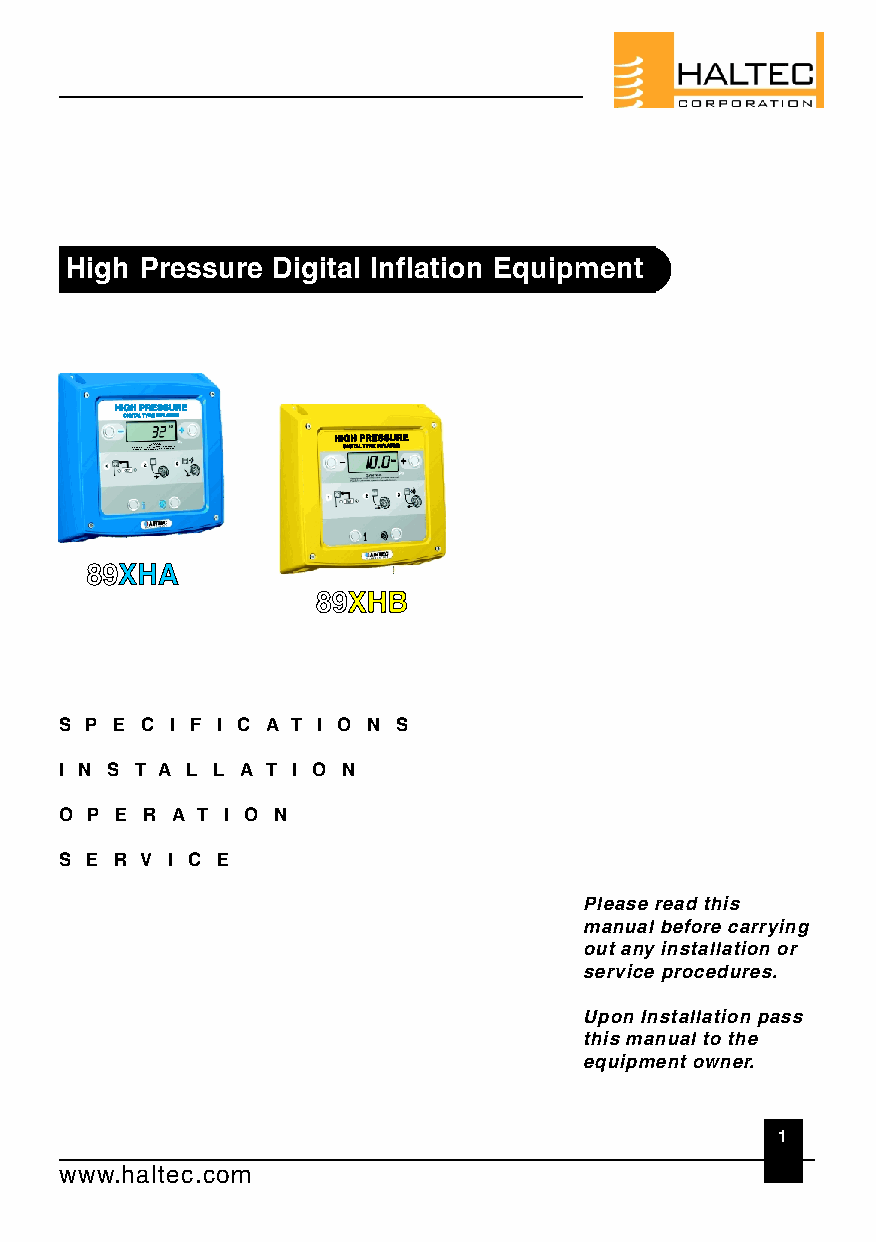
High Pressure Digital Inflation Equipment
 HHIIGGHH PPRREESSSSUURREE
 DDIIGGIITTAALL TTYYRR EE IINNFFLLAATTOORR
 HHIIGGHH PPRREESSSSUURREE
 ThRise eaqdu aipnmd eunntd merusstat noWdn lOyA pbReer NautsiIoeNnd GMbya tnruaainl ebde fpoerres ounsen.el. DDIIGGIITTAALL TTYYRR EE IINNFFLLAATTOORR
 8899XXHHAA
 8899XXHHBB
 S P E C I F I C A T I O N S
 I N S T A L L A T I O N
 O P E R A T I O N
 S E R V I C E
 Please read this
 manual before carrying
 out any installation or
 service procedures.
 Upon Installation pass
 this manual to the
 equipment owner.
 1
 www.haltec.com